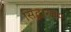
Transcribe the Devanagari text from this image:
सिद्धारुबम